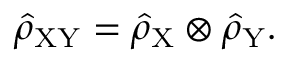
\hat { \rho } _ { \mathrm { X Y } } = \hat { \rho } _ { \mathrm { X } } \otimes \hat { \rho } _ { \mathrm { Y } } .